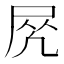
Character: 𡱲